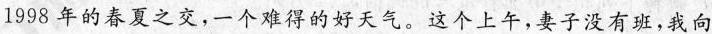
1998年的春夏之交，一个难得的好天气。这个上午,妻子没有班,我向